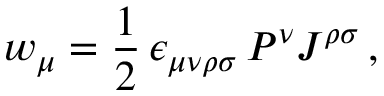
w _ { \mu } = \frac { 1 } { 2 } \, \epsilon _ { \mu \nu \rho \sigma } \, P ^ { \nu } J ^ { \rho \sigma } \, ,